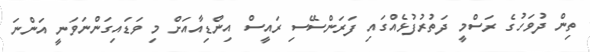
ތިން ދުވަހުގެ ރަސްމީ ދަތުރުފުޅެއްގައި ފަރަންސޭސި ރައީސް އިންޑިއާއަށް މި ވަޑައިގަންނަވަނީ އަންނަ